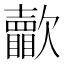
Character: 𣤺